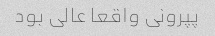
پپرونی واقعا عالی بود